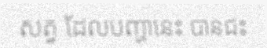
សត្វ ដែលបញ្ហានេះ បានជះ